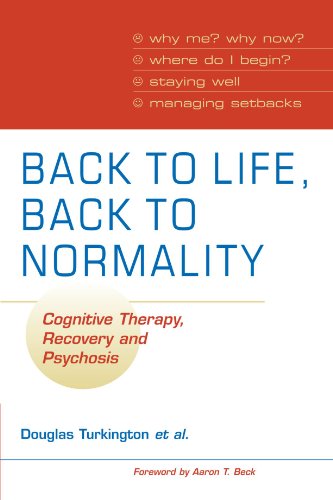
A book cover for Back to Life, Back to Normality: Cognitive Therapy, Recovery and Psychosis; Douglas Turkington; Health, Fitness & Dieting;